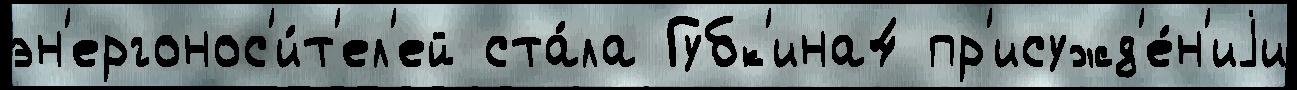
эн'ергонос'и́т'ел'ей ста́ла Губк'ина4 пр'исужд'е́н'иjи